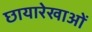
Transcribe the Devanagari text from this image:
छायारेखाओं